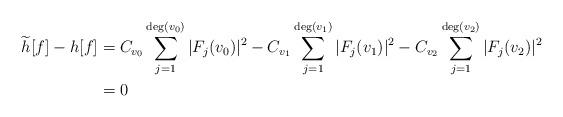
LaTeX: \begin{align*} \widetilde h [f] - h [f] & = C_{v_0} \sum_{j = 1}^{\deg (v_0)} |F_j (v_0)|^2 - C_{v_1} \sum_{j = 1}^{\deg (v_1)} |F_j (v_1)|^2 - C_{v_2} \sum_{j = 1}^{\deg (v_2)} |F_j (v_2)|^2 \\ & = 0\end{align*}